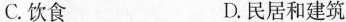
C.饮食 D.民居和建筑